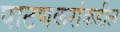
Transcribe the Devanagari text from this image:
पाटणकरांकडील